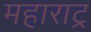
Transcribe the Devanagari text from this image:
महाराट्र